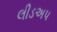
લીડઅપ